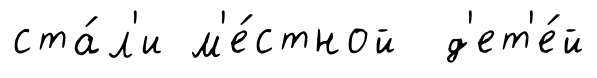
ста́л'и м'е́стной д'ет'е́й